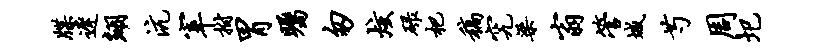
牒迟翊沆宰拊胃瞩匆炫碌杷稿究梁翁管城芍周圯